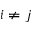
i \ne j